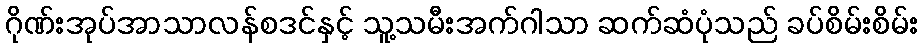
ဂိုဏ်းအုပ်အာသာလန်စဒင်နှင့် သူ့သမီးအက်ဂါသာ ဆက်ဆံပုံသည် ခပ်စိမ်းစိမ်း